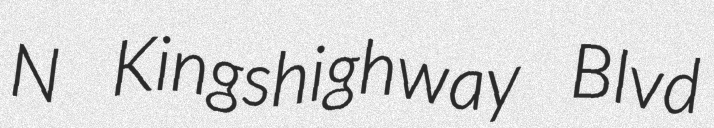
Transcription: N Kingshighway Blvd